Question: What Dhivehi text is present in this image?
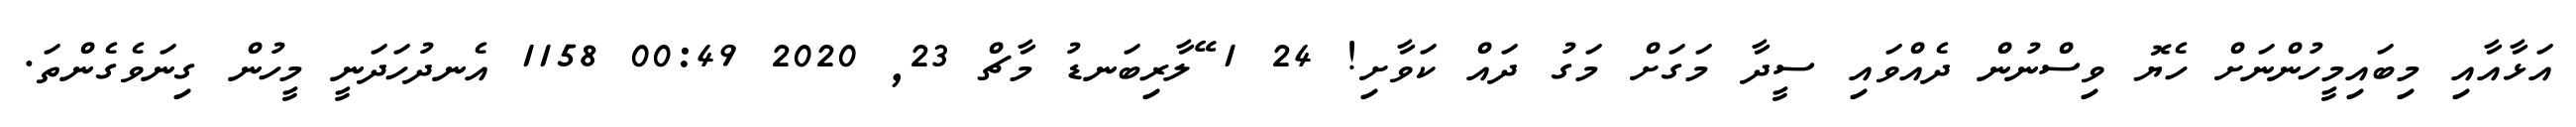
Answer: އަޅާއާއި މިބައިމީހުންނަށް ހެޔޮ ވިސްނުން ދެއްވައި ސީދާ މަގަށް މަގު ދައް ކަވާށި! 24 1 ޭލާރިބަނޑު މާޗް 23, 2020 00:49 1158 އެނދުހަދަނީ މީހުން ގިނަވެގެންތަ.